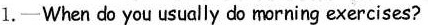
1.—When do you usually do morning exercises?